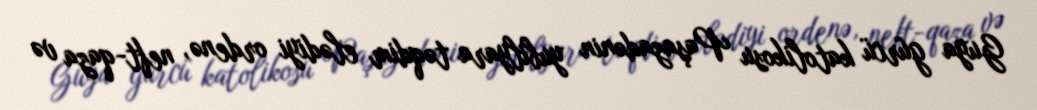
Guya gürcü katolikosu Paşazadənin yubilyara təqdim elədiyi ordenə, neft-qaza və